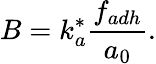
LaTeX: B=k_{a}^{*}\frac{f_{adh}}{a_{0}}.